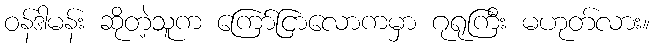
ဝန်ဒါမန်း ဆိုတဲ့သူက ကြော်ငြာလောကမှာ ဂုရုကြီး မဟုတ်လား။